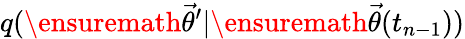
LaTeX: q(\ensuremath{\vec{\theta}}^{\prime}|\ensuremath{\vec{\theta}}(t_{n-1}))